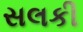
સલકી